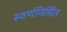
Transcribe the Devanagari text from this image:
स्वर्णनिर्मित